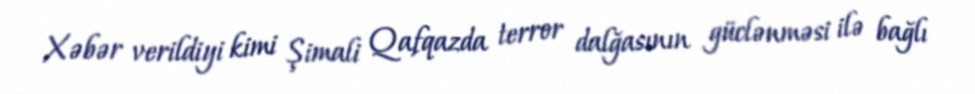
Xəbər verildiyi kimi Şimali Qafqazda terror dalğasının güclənməsi ilə bağlı